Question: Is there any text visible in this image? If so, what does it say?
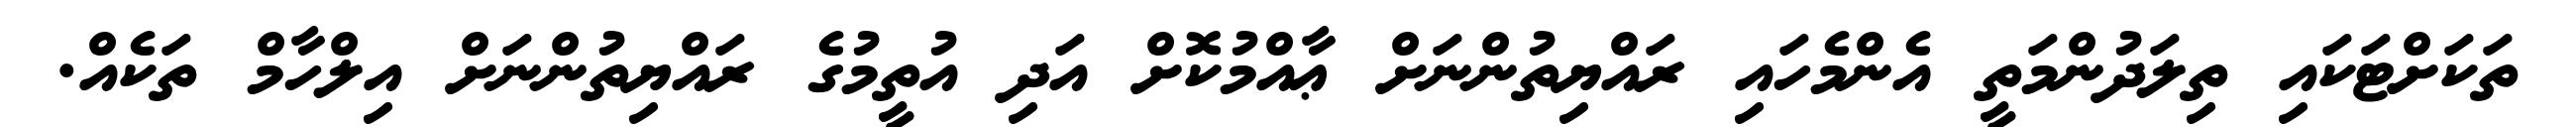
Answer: ތަކަށްޓަކައި ތިލަދުންމަތީ އެންމެހައި ރައްޔިތުންނަށް ޢާއްމުކޮށް އަދި އުތީމުގެ ރައްޔިތުންނަށް އިލްހާމް ތަކެއް.